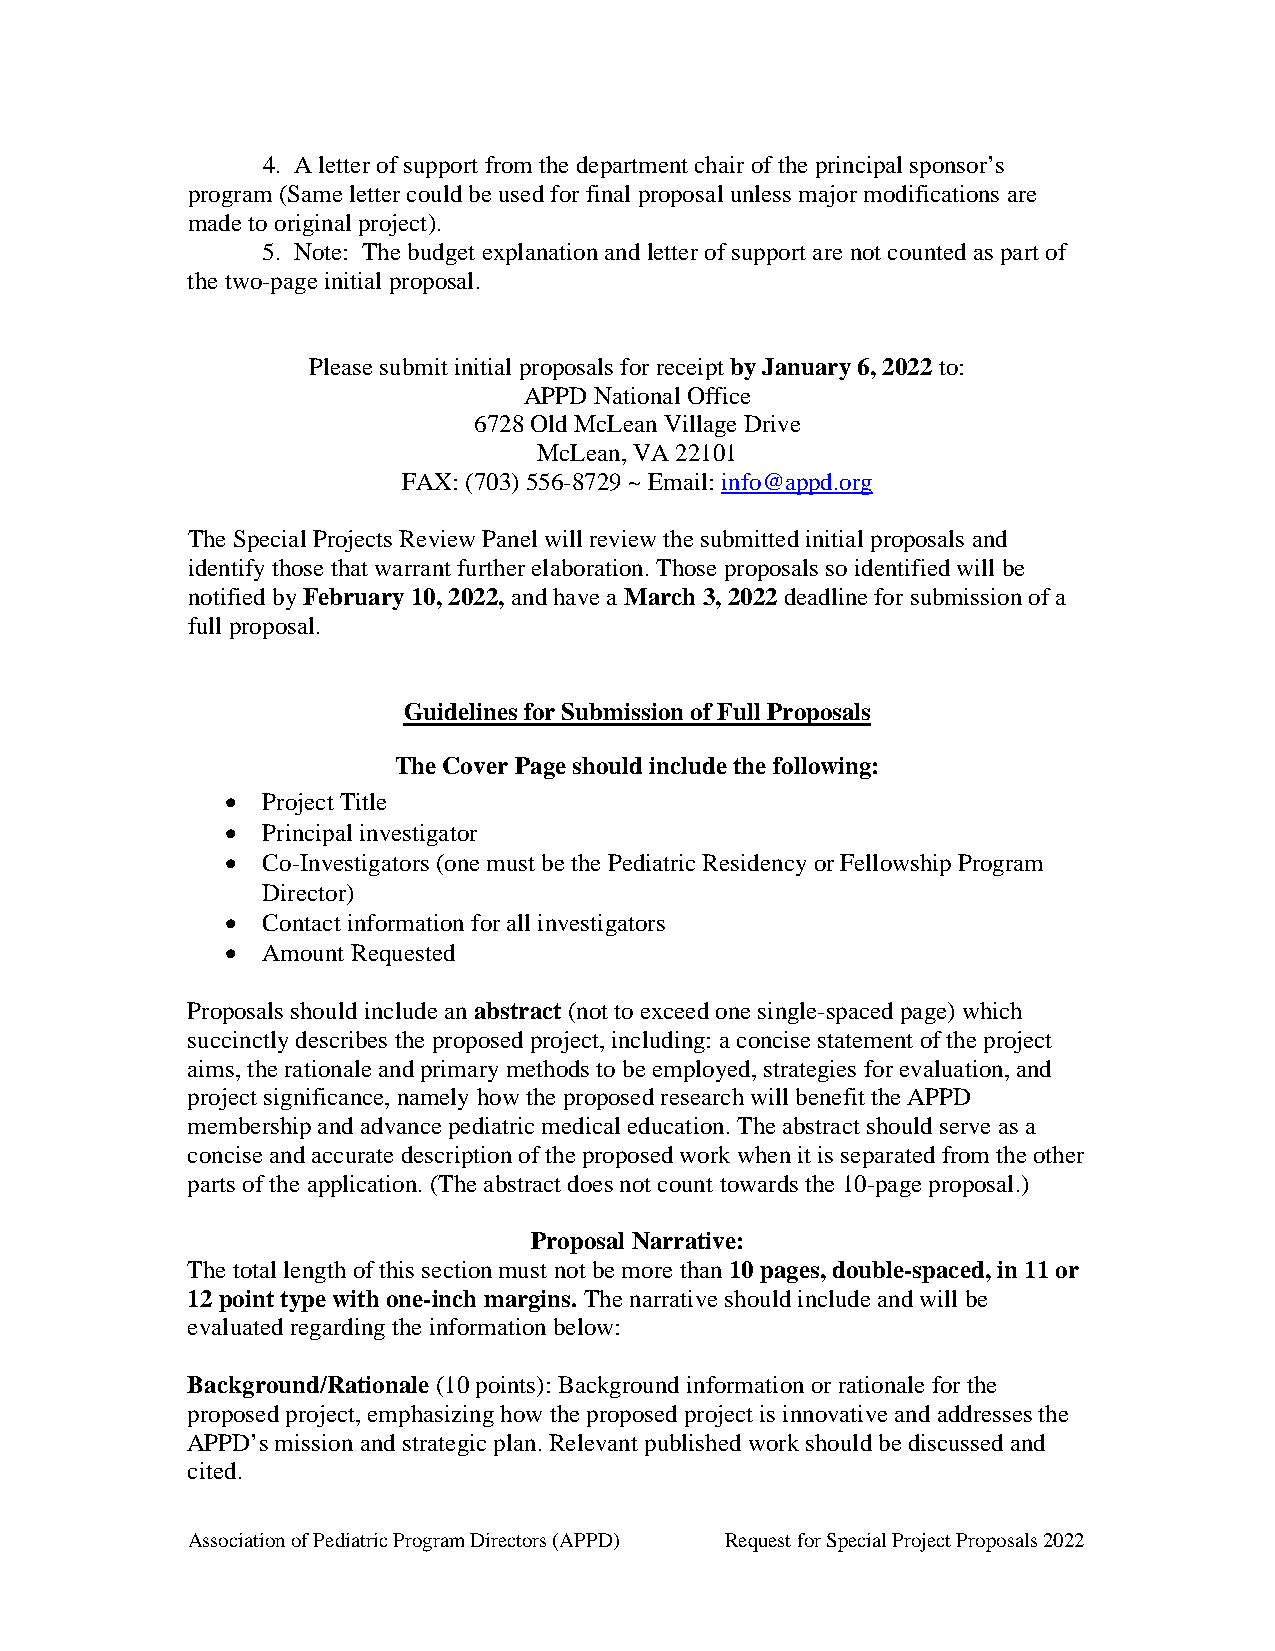
4. A letter of support from the department chair of the principal sponsor’s
 program (Same letter could be used for final proposal unless major modifications are
 made to original project).
 5. Note: The budget explanation and letter of support are not counted as part of
 the two-page initial proposal.
 Please submit initial proposals for receipt by January 6, 2022 to:
 APPD National Office
 6728 Old McLean Village Drive
 McLean, VA 22101
 FAX: (703) 556-8729 ~ Email: info@appd.org
 The Special Projects Review Panel will review the submitted initial proposals and
 identify those that warrant further elaboration. Those proposals so identified will be
 notified by February 10, 2022, and have a March 3, 2022 deadline for submission of a
 full proposal.
 Guidelines for Submission of Full Proposals
 The Cover Page should include the following:
 • Project Title
 • Principal investigator
 • Co-Investigators (one must be the Pediatric Residency or Fellowship Program
 Director)
 • Contact information for all investigators
 • Amount Requested
 Proposals should include an abstract (not to exceed one single-spaced page) which
 succinctly describes the proposed project, including: a concise statement of the project
 aims, the rationale and primary methods to be employed, strategies for evaluation, and
 project significance, namely how the proposed research will benefit the APPD
 membership and advance pediatric medical education. The abstract should serve as a
 concise and accurate description of the proposed work when it is separated from the other
 parts of the application. (The abstract does not count towards the 10-page proposal.)
 Proposal Narrative:
 The total length of this section must not be more than 10 pages, double-spaced, in 11 or
 12 point type with one-inch margins. The narrative should include and will be
 evaluated regarding the information below:
 Background/Rationale (10 points): Background information or rationale for the
 proposed project, emphasizing how the proposed project is innovative and addresses the
 APPD’s mission and strategic plan. Relevant published work should be discussed and
 cited.
 Association of Pediatric Program Directors (APPD) Request for Special Project Proposals 2022